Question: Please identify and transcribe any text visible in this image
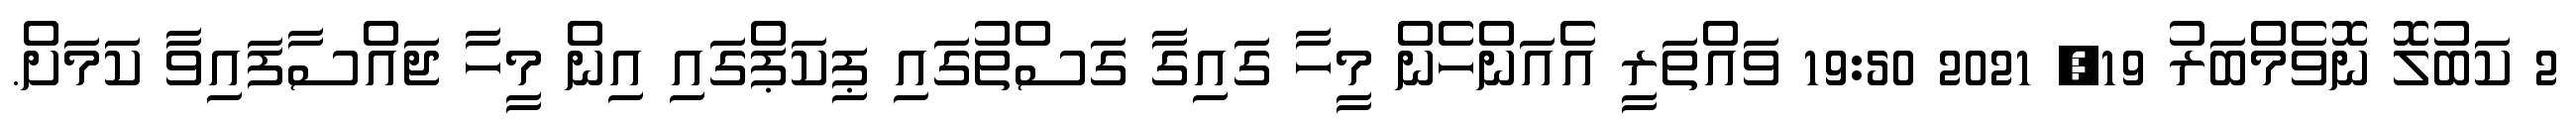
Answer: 2 ކަބުލޮ ނޮވެމްބަރު 19, 2021 19:50 ވައްތަރީ އެއަންހެން މީހާ ގައިގާ ގަސްތުގައި ޕިކަޕްގައި އިން މީހާ ޖައްސާފައިވާ ކަމަށް.